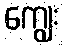
ကျွေး